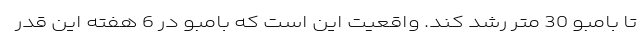
تا بامبو 30 متر رشد کند. واقعیت این است که بامبو در 6 هفته این قدر